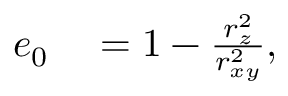
\begin{array} { r l } { e _ { 0 } } & { { } = 1 - \frac { r _ { z } ^ { 2 } } { r _ { x y } ^ { 2 } } , } \end{array}